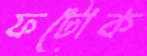
ফটোক